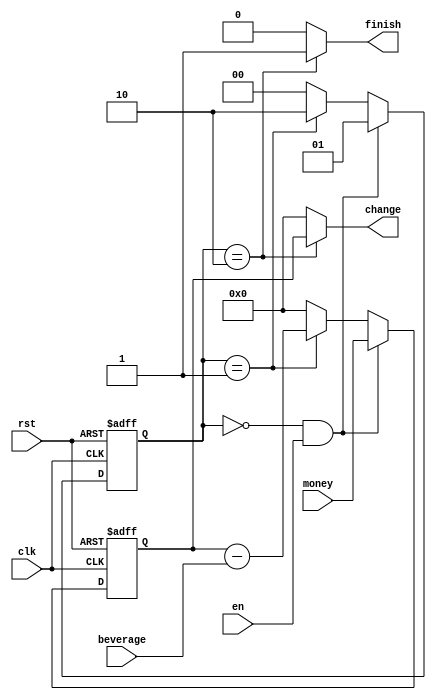
/////////////////////////////////////////////////////////////////////
// ---------------------- IVCAD 2021 Spring ---------------------- //
// ---------------------- Editor : Michael  ---------------------- //
// ---------------------- Version : v.1.00  ---------------------- //
// ---------------------- Date : 2021.02.19 ---------------------- //
// ---------------------- mini_vending      ---------------------- //
/////////////////////////////////////////////////////////////////////

module mini_vending(clk,rst,en,money,beverage,change,finish);
  // ------- I/O port --------- //
	input             clk,rst,en;
	input       [5:0] money,beverage;
	output reg  [5:0] change;
	output reg        finish;
	// -------------------------- //
	reg [1:0] phase;
	reg [5:0] money_temp;
 // --------------------------- //

  
always@(posedge rst or posedge clk) begin
	if(rst) begin
		phase <= 2'd0;
		money_temp <= 6'd0;
	end
	// phase0 : insert money
	else if(phase == 2'd0 && en == 1'b1) begin
		phase <= 2'd1;
		money_temp <= money; 
	end
	// phase1 : choose beverage
	else if(phase == 2'd1) begin
		phase <= 2'd2;
		money_temp <= money_temp - beverage; 
	end
	// phase2 : give change
	else if(phase == 2'd2) begin
		phase <= 2'd0;
		money_temp <= 6'b0;
	end
	else begin
		phase <= 2'd0;
		money_temp <= 6'b0;
	end
end

  // change and finish
  always@(*)begin
	change = 6'b0;
	finish = 1'b0;
	if(phase == 2'd2) begin
		change = money_temp;
		finish = 1'b1;
	end
	else begin
		finish = 1'b0;
	end
end

endmodule